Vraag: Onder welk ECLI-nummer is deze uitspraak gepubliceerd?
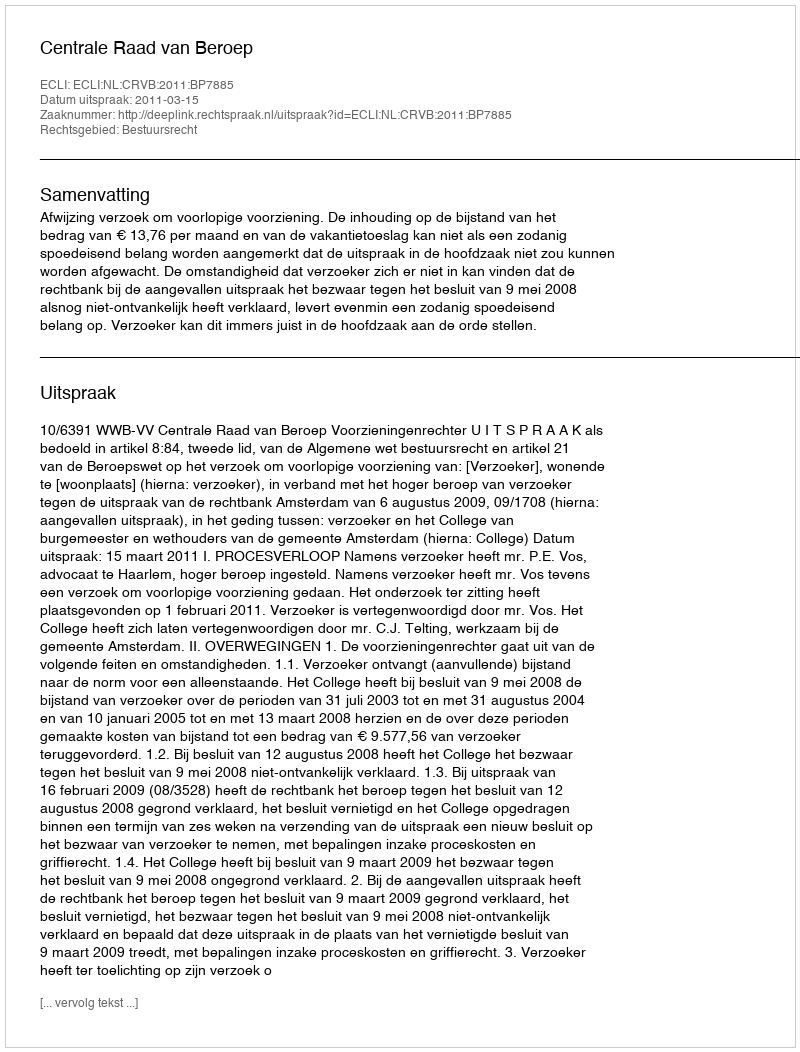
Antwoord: ECLI:NL:CRVB:2011:BP7885